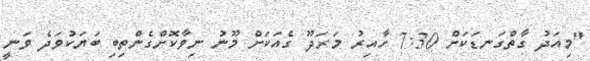
"މިއަދު ގާތްގަނޑަކަށް 7:30 ހާއިރު މަރަދޫ ގެއަކަށް މޫނު ނިވާކޮށްގެންތިބި ބަޔަކުވަދެ ވަނީ